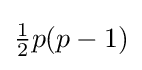
{\tfrac {1}{2}}p(p-1)